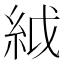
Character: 䋐